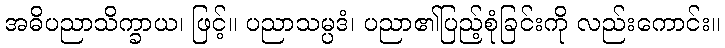
အဓိပညာသိက္ခာယ၊ ဖြင့်။ ပညာသမ္ပဒံ၊ ပညာ၏ပြည့်စုံခြင်းကို လည်းကောင်း။